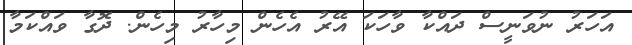
އަހަރު ނުވަނީސް ދައްކާ ވާހަކަ އޭރު އެހެން މިހާރު މިހެން. ދޮގާ ވައްކަމާ